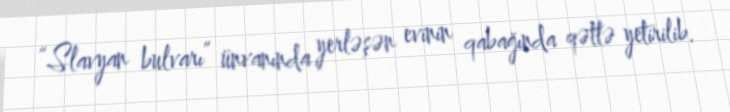
“Slavyan bulvarı” ünvanında yerləşən evinin qabağında qətlə yetirilib.